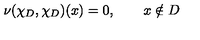
\nu ( \chi _ { D } , \chi _ { D } ) ( x ) = 0 , \qquad x \notin D